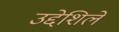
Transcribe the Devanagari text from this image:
उद्देशिले